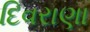
દિવરાણા